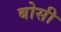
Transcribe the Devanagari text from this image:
बोसी